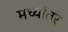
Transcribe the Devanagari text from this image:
मध्‍यांतर